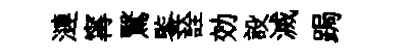
漣𡩋鷖鍳詮効設滅跼